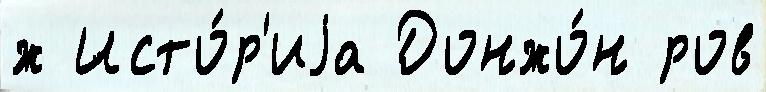
́ж Исто́р'иjа Донжо́н ров